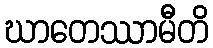
ဃာတေဿာမီတိ